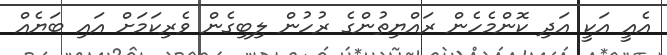
އެއީ އަކީ އަދި ކޮންމެހެން ރައްޔިތުންގެ ރުހުން ލިބިގެން ވެރިކަމަށް އައި ބަޔެއް